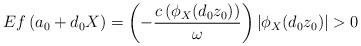
LaTeX: \begin{align*} Ef\left(a_0+d_0X\right) = \left(-\frac{c\left(\phi_X(d_0z_0)\right)}{\omega}\right) |\phi_X(d_0z_0)|>0\end{align*}